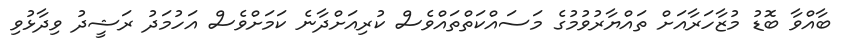
ބާއްވާ ބޮޑު މުޒާހަރާއަށް ތައްޔާރުވުމުގެ މަސައްކަތްތައްވެސް ކުރިއަށްދާނެ ކަމަށްވެސް އަހުމަދު ރަޝީދު ވިދާޅުވި